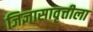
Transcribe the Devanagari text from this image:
जिज्ञासावृत्तीला